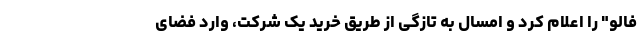
فالو" را اعلام کرد و امسال به تازگی از طریق خرید یک شرکت، وارد فضای